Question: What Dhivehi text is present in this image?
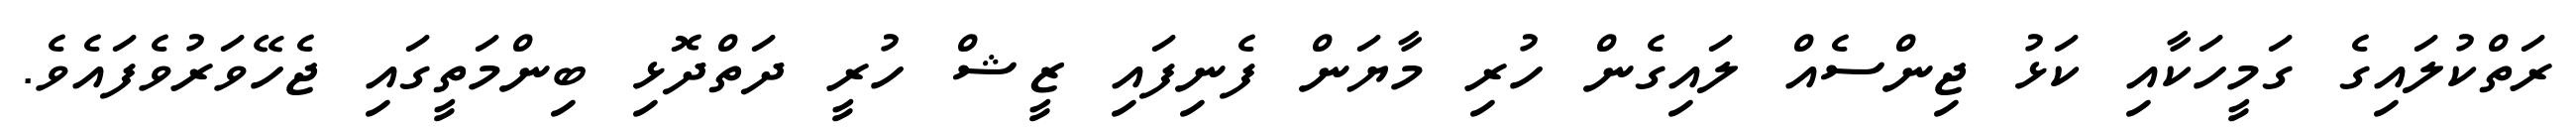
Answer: ރަތްކުލައިގެ ގަމީހަކާއި ކަޅު ޖިންސެއް ލައިގެން ހުރި މާޔަން ފެނިފައި ޒީޝް ހުރީ ދަތްދޮޅި ބިންމަތީގައި ޖެހޭވަރުވެފައެވެ.